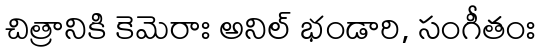
చిత్రానికి కెమెరాః అనిల్ భండారి, సంగీతంః